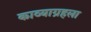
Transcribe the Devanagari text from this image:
काव्याग्रहला